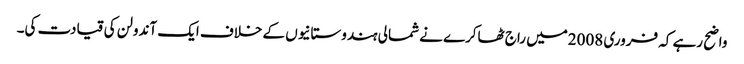
واضح رہے کہ فروری 2008میں راج ٹھاکرے نے شمالی ہندوستانیوں کے خلاف ایک آندولن کی قیادت کی۔